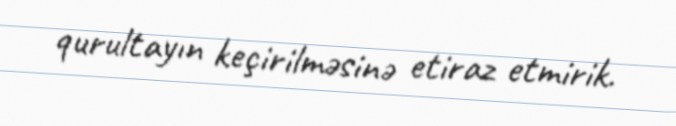
qurultayın keçirilməsinə etiraz etmirik.